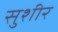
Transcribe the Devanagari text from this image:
सुशीर